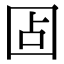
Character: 𰉏